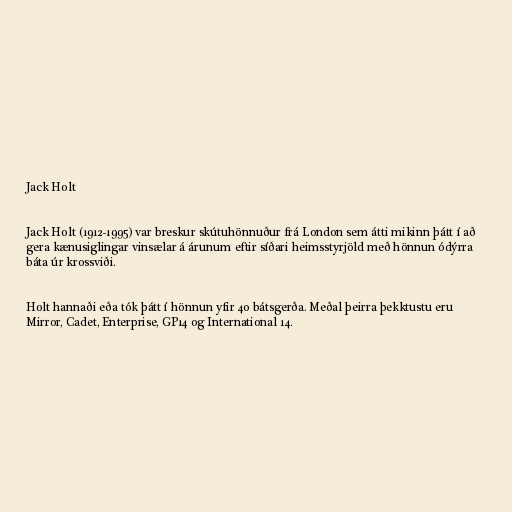
Jack Holt

Jack Holt (1912-1995) var breskur skútuhönnuður frá London sem átti mikinn þátt í að
gera kænusiglingar vinsælar á árunum eftir síðari heimsstyrjöld með hönnun ódýrra
báta úr krossviði.

Holt hannaði eða tók þátt í hönnun yfir 40 bátsgerða. Meðal þeirra þekktustu eru
Mirror, Cadet, Enterprise, GP14 og International 14.